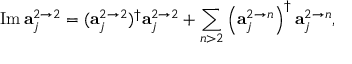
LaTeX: \mathrm { I m } \, { \bf a } _ { j } ^ { 2 \rightarrow 2 } = ( { \bf a } _ { j } ^ { 2 \rightarrow 2 } ) ^ { \dagger } { \bf a } _ { j } ^ { 2 \rightarrow 2 } + \sum _ { n > 2 } \left( { \bf a } _ { j } ^ { 2 \rightarrow n } \right) ^ { \dagger } { \bf a } _ { j } ^ { 2 \rightarrow n } ,